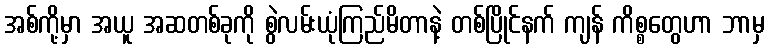
အစ်ကို့မှာ အယူ အဆတစ်ခုကို စွဲလမ်းယုံကြည်မိတာနဲ့ တစ်ပြိုင်နက် ကျန် ကိစ္စတွေဟာ ဘာမှ